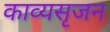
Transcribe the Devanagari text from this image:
काव्यसृजन